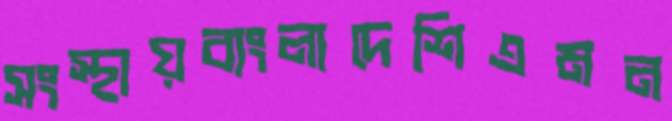
সংস্থায়বাংলাদেশিএমন